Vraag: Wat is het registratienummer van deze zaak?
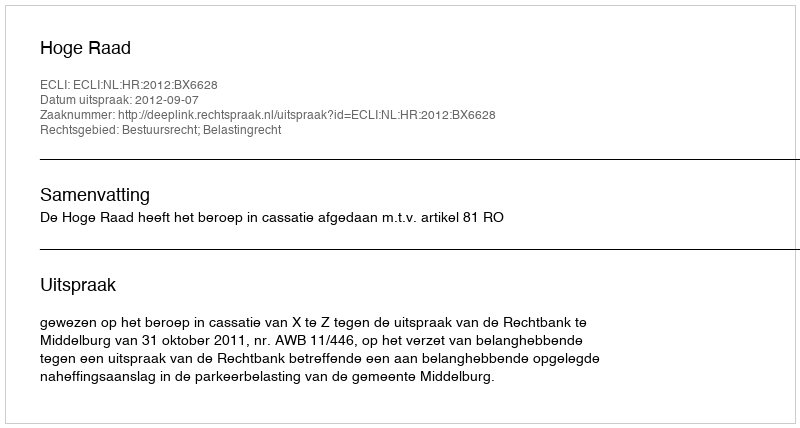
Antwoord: http://deeplink.rechtspraak.nl/uitspraak?id=ECLI:NL:HR:2012:BX6628